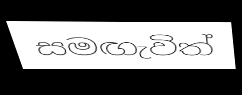
සමඟැවිත්